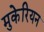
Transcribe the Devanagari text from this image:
मुकेरियन